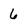
Character: 6